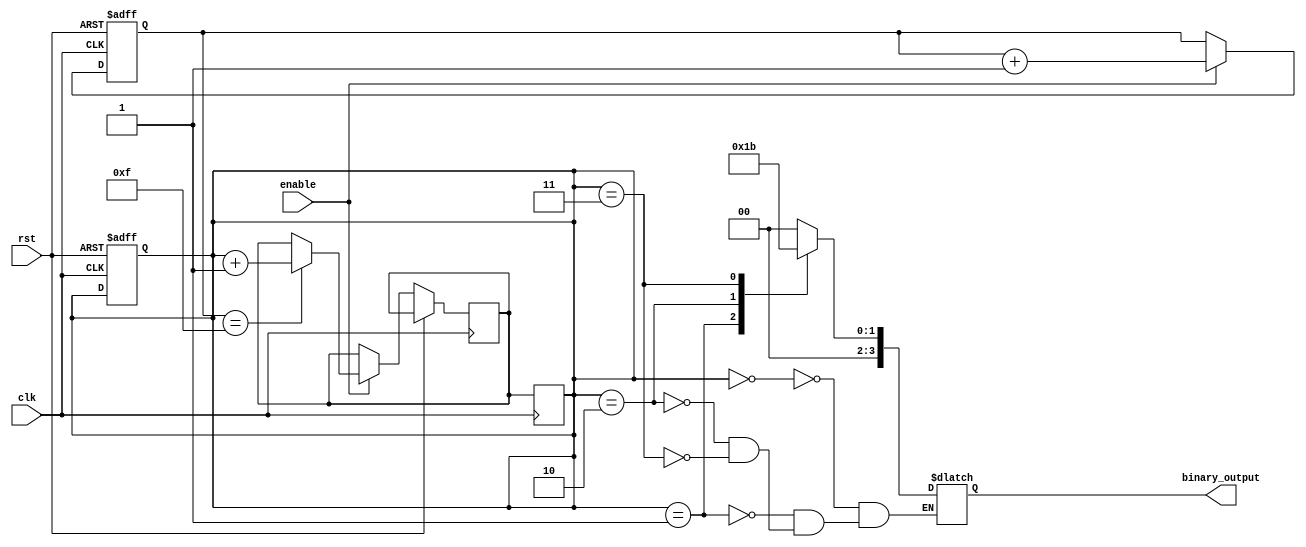
module clock_divider(
    input wire clk,
    input wire rst,
    input wire enable,
    output reg [3:0] binary_output
);

reg [3:0] current_state;
reg [3:0] next_state;
reg [7:0] counter;

always @(posedge clk or posedge rst) begin
    if(rst) begin
        current_state <= 4'b0000;
        counter <= 8'd0;
    end else if(enable) begin
        counter <= counter + 1;
        if(counter == 8'd15) begin
            next_state <= current_state + 1;
        end
    end
end

always @(posedge clk) begin
    current_state <= next_state;
end

always @(current_state) begin
    case(current_state)
        4'b0000: binary_output <= 4'b0000;
        4'b0001: binary_output <= 4'b0001;
        4'b0010: binary_output <= 4'b0010;
        4'b0011: binary_output <= 4'b0011;
        // add more cases for higher division ratios
    endcase
end


endmodule